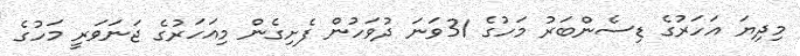
މިދިޔަ އަހަރުގެ ޑިސެންބަރު މަހުގެ 31ވަނަ ދުވަހުން ފެށިގެން މިއަހަރުގެ ޖަނަވަރީ މަހުގެ